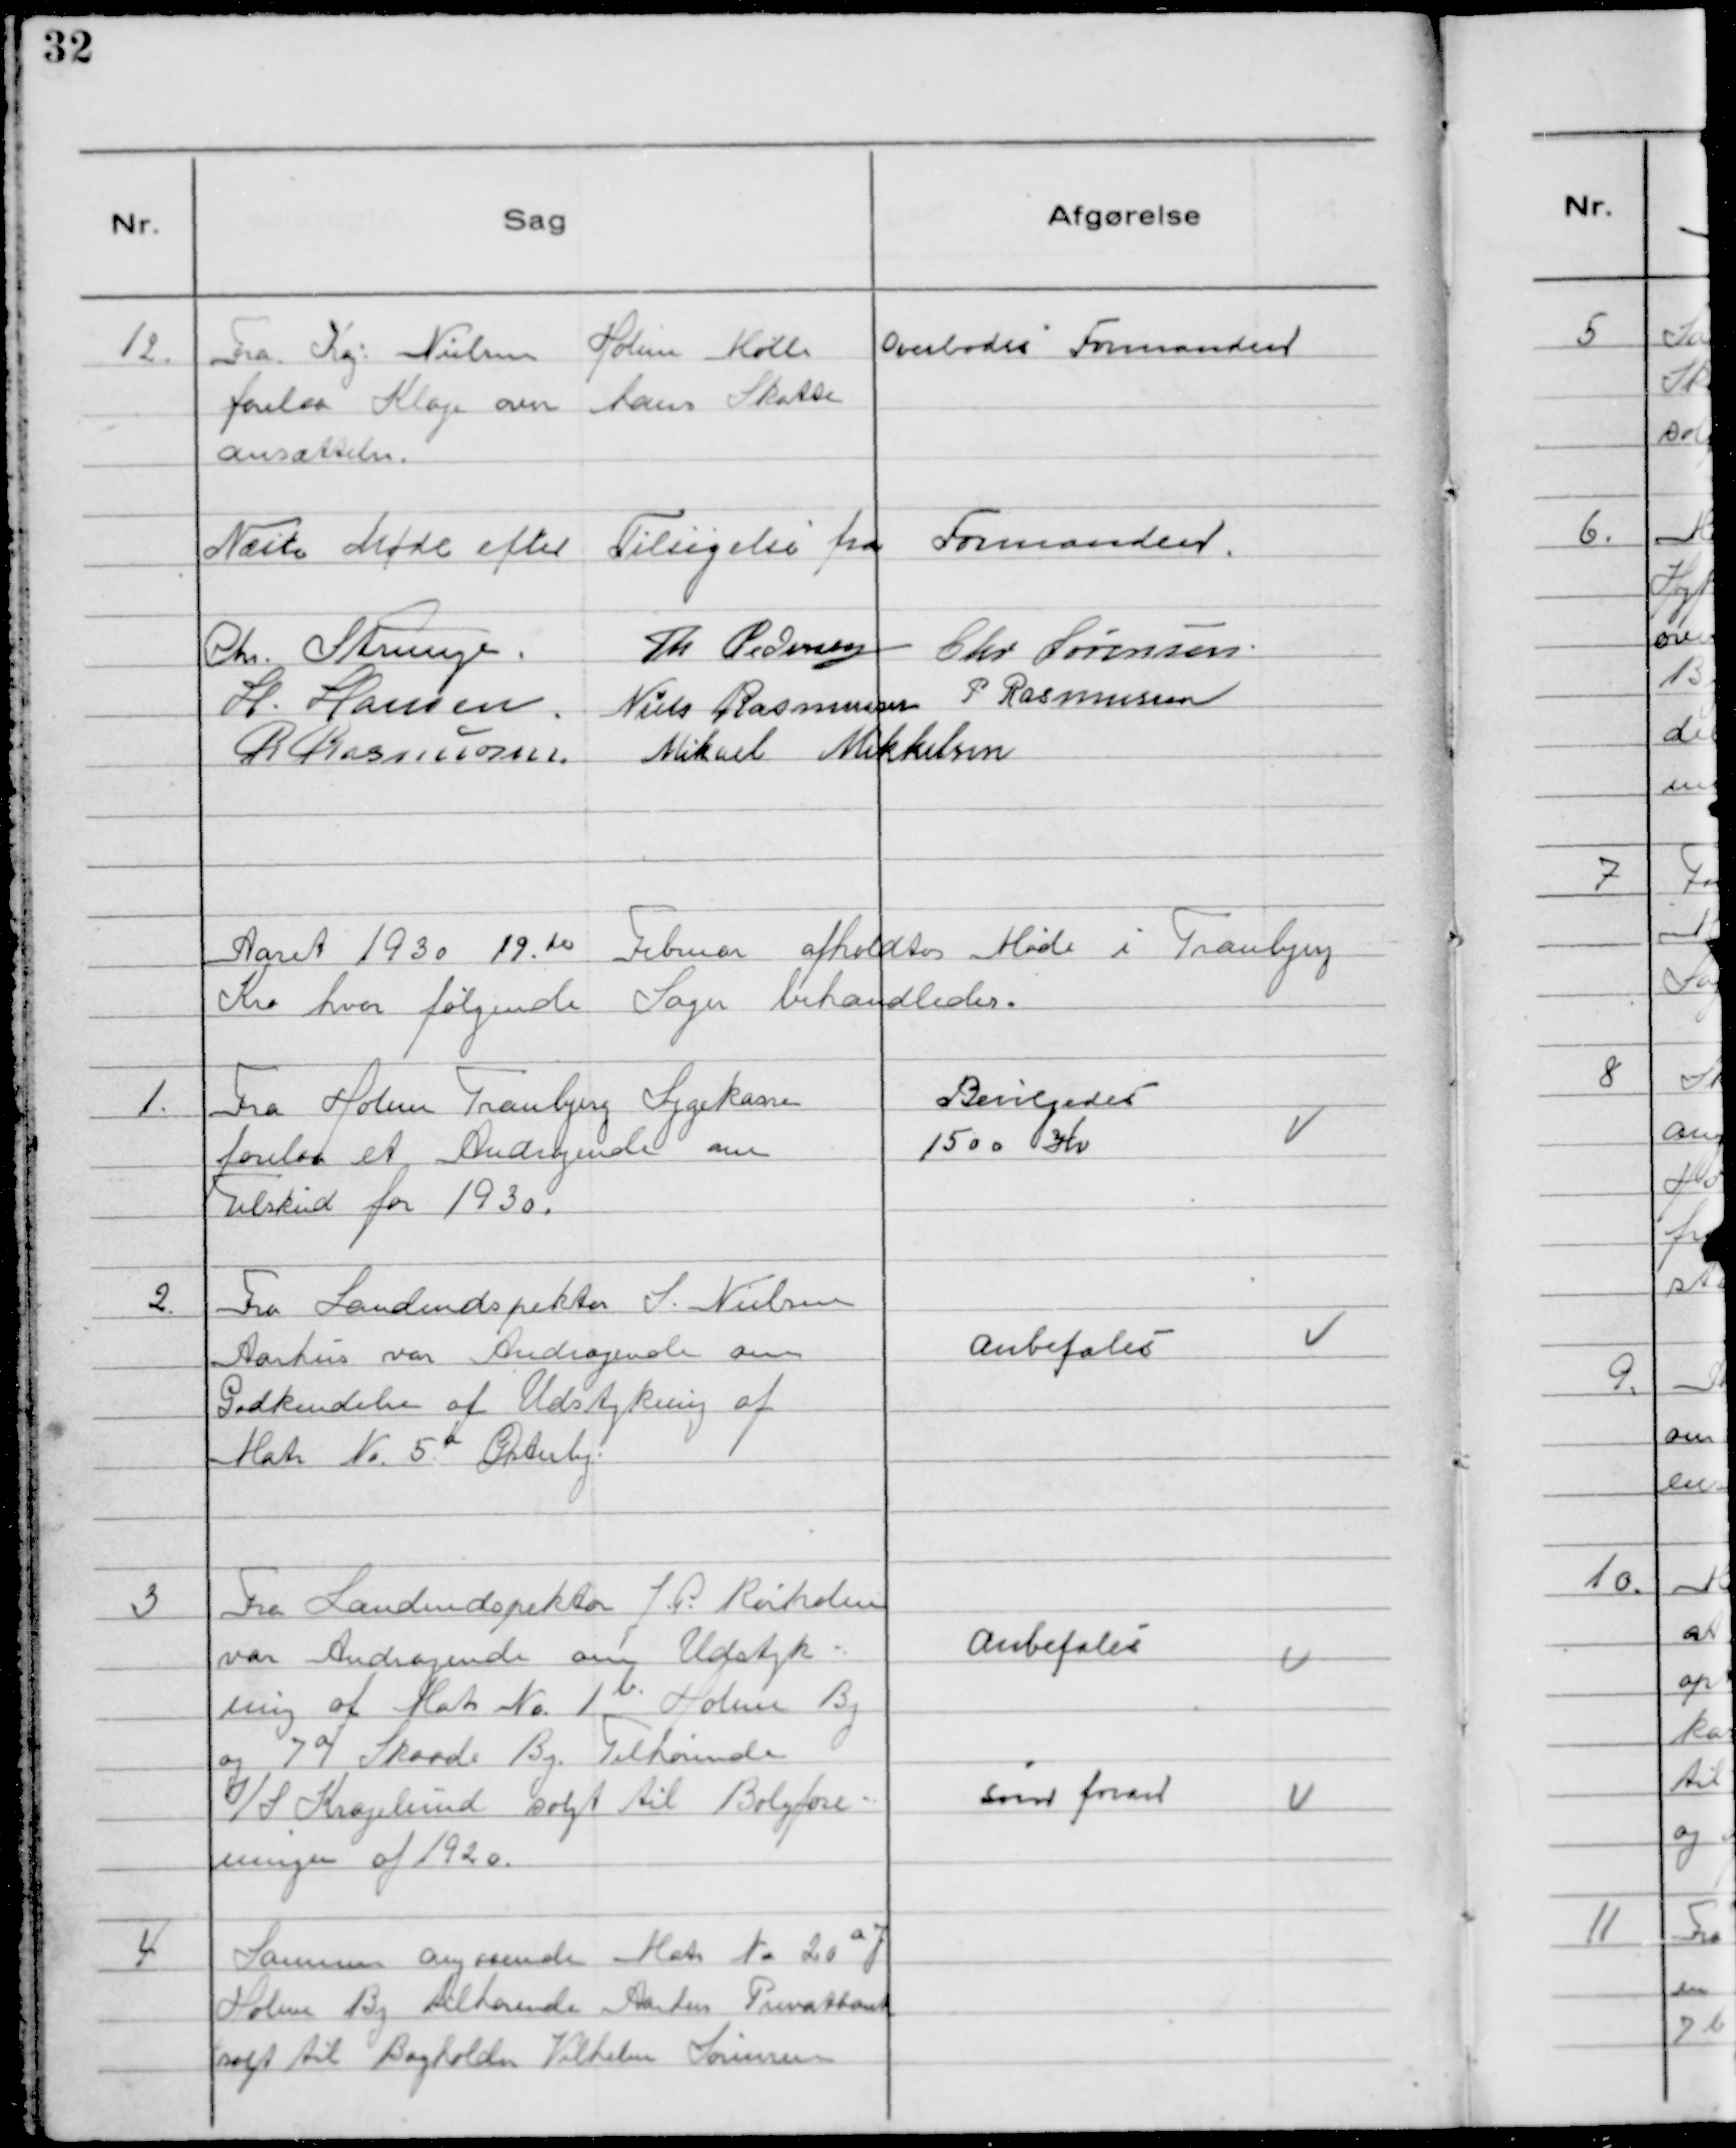
Transskription:
12. Fra Kaj Nielsen Holme Mølle
forelaa Klage om hans Skatte
ansættelse.

Overlodes Formanden

Næste Møde efter Tilsigelse fra Formanden.
Chr. Strunge Th Pedersen Chr Sørensen
H. Hansen. Niels Rasmussen P Rasmussen
R Rasmussen. Mikael Mikkelsen

Aaret 1930 19de Februar afholdtes Møde i Tranbjerg
Kro hvor følgende Sager behandledes.

1. Fra Holme Tranbjerg Sygekasse
forelaa et Andragende om
Tilskud for 1930.

Bevilgedeś
1500 Kr

2. Fra Landindspekter S. Nielsen
Aarhus var Andragende om
Godkendelse af Udstykning af
Matr N°. 5a Østerby.

Anbefales

3 Fra Landindspektor J. P. Rørholm
var Andragende om Udstyk-
ning af Matr N° 1b Holme By
og 7a/ Skaade By Tilhørende
I/S Kragelund solgt til Boligfore-
ningen af 1920.

Anbefales

som foran

4 Samme angaaende Matr N° 20 aJ
Holme By tilhørende Aarhus Privatbank
solgt til Bogholder Vilhelm Sørensen